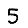
Digit: 5